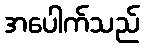
အပေါက်သည်